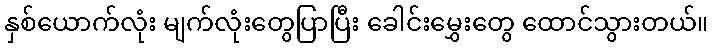
နှစ်ယောက်လုံး မျက်လုံးတွေပြာပြီး ခေါင်းမွှေးတွေ ထောင်သွားတယ်။